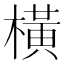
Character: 橫